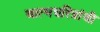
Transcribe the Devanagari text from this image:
आत्मचरित्रांची